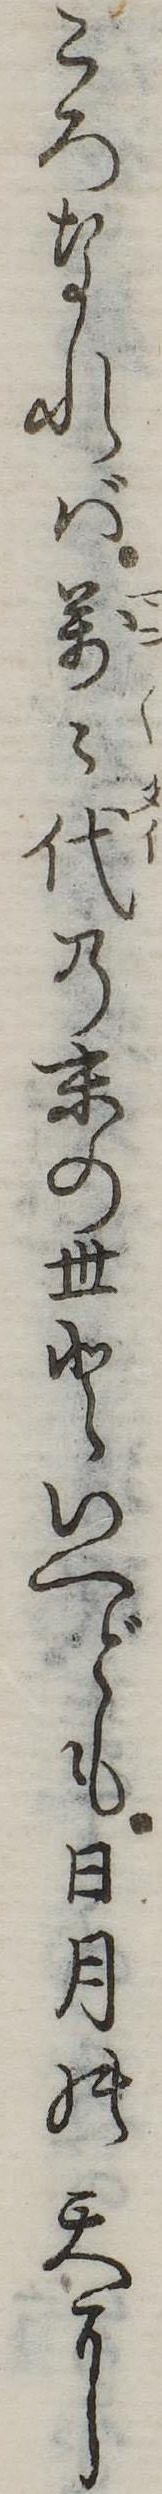
ころなれば万代の末の世といへども日月の天に